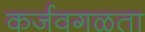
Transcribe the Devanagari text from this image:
कर्जवगळता